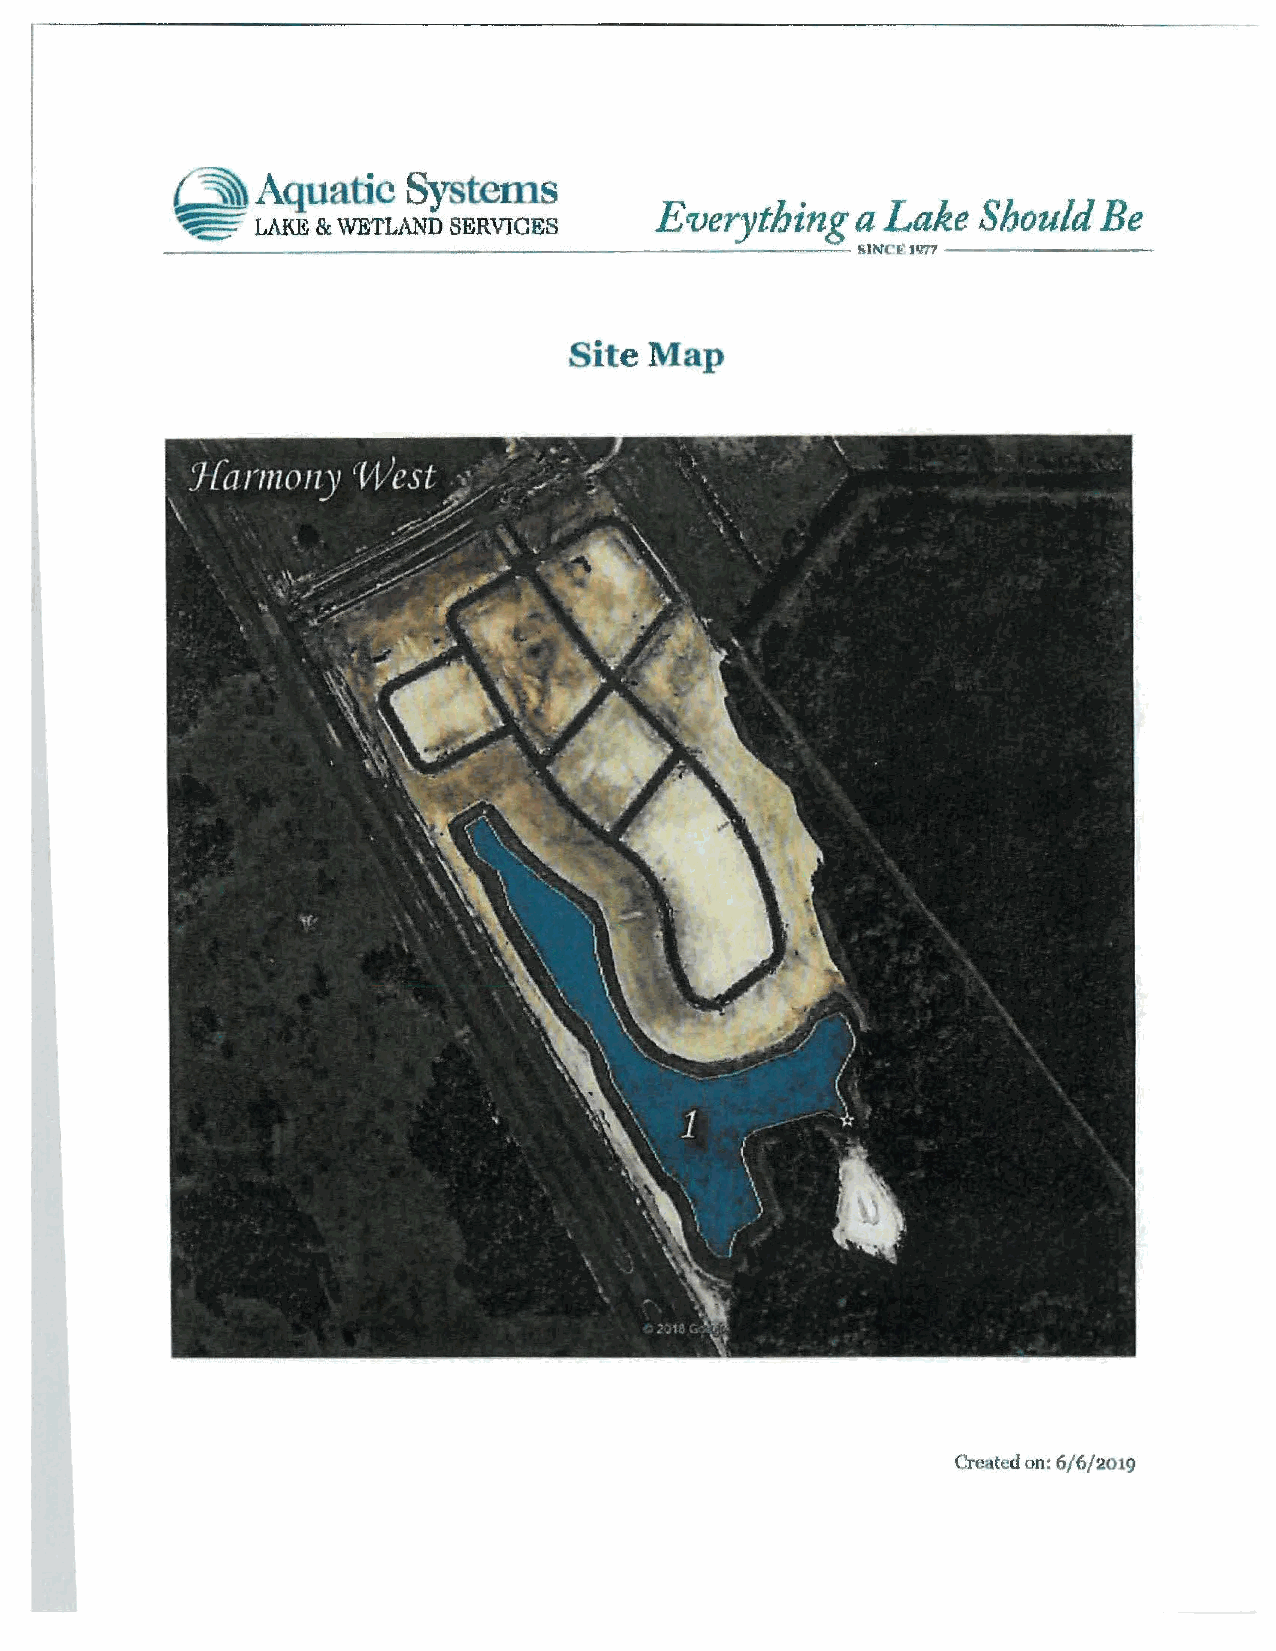
~
 Aquatic   Syst.ems        Evm,thinu-as•NcLF,'!...ke Should Be
 ~~ ~.i::;-- ~~L~A~K Ei &~W~ET~L ~A N:.:_ D:~ S=E =R V.:..I.::C-=-E_s_ ___--=J._ __o ..,'
 Site Map
 Created on: 6/6/2019